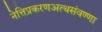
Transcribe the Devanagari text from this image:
नेत्तिप्रकरणअत्थसंवण्णा